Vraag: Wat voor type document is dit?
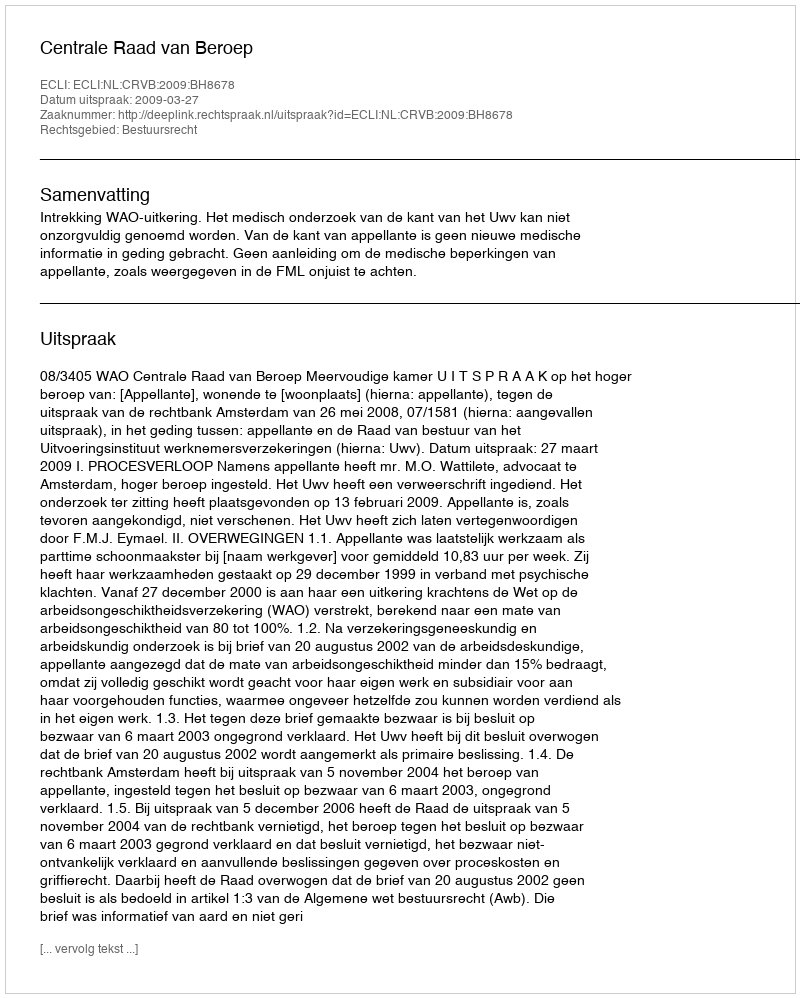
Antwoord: Uitspraak